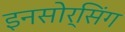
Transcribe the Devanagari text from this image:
इनसोर्सिंग